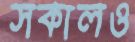
সকালও